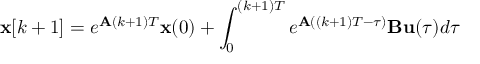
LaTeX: \mathbf { x } [ k + 1 ] = e ^ { \mathbf { A } ( k + 1 ) T } \mathbf { x } ( 0 ) + \int _ { 0 } ^ { ( k + 1 ) T } e ^ { \mathbf { A } ( ( k + 1 ) T - \tau ) } \mathbf { B } \mathbf { u } ( \tau ) d \tau